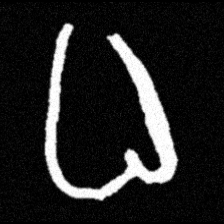
Pyu character \u2014 Myanmar letter: ဓ (romanized: dha)